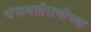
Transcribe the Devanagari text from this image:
चंपावतीराणीच्या